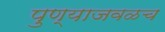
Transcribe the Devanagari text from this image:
पुण्याजवळच